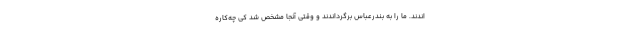
اندند. ما را به بندرعباس برگرداندند و وقتی آنجا مشخص شد کی چه‌کاره